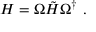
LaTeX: H = \Omega \tilde { H } \Omega ^ { \dag } \ .